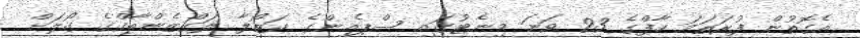
އެގޮތުން ފުރަތަމަ ހާފްގެ 23 ވަނަ މިނެޓުގައި ސްޕެއިންގެ ކަޒޯލާ ލަގްޒެންބާގްގެ ގޯލަށް